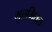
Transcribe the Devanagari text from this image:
मुत्तमितल